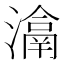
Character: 𤀉